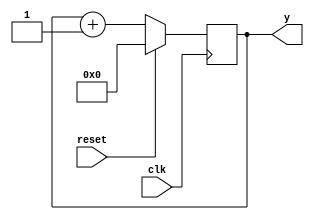
`timescale 1ns / 1ps
//////////////////////////////////////////////////////////////////////////////////
// Company: 
// Engineer: 
// 
// Design Name: 
// Module Name:    contador 
// Project Name: 
// Target Devices: 
// Tool versions: 
// Description: 
//
// Dependencies: 
//
// Revision: 
// Revision 0.01 - File Created
// Additional Comments: 
//
//////////////////////////////////////////////////////////////////////////////////
	module contador(
	input wire clk,
	input wire reset,
	output wire [31:0]y
    );
	reg[31:0]q;
	always@(posedge clk) begin
		if( reset )  begin 
			q= 32'd0;
		end else begin
			q= q + 32'd1; 
		end
	end 
	assign y= q;
endmodule